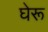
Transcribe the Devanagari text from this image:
घेरू